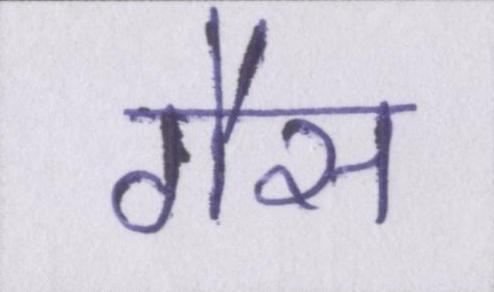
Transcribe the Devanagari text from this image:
गैस